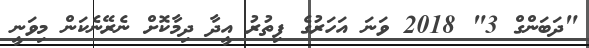
"ދަބަންގް 3" 2018 ވަނަ އަހަރުގެ ފިތުރު އީދާ ދިމާކޮށް ނެރޭނެކަން މިވަނީ